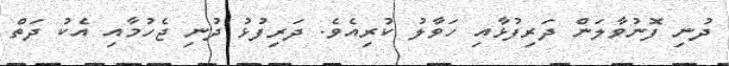
ދުނި ފޮނުވާލަން ދަރިފުޅާއި ހަވާލު ކުރިއެވެ. ދަރިފުޅު ދުނި ޖެހުމާއި އެކު ދަތް